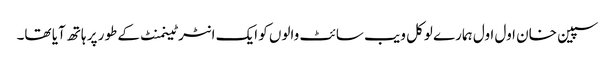
سپین خان اول اول ہمارے لوکل ویب سائٹ والوں کو ایک انٹرٹینمنٹ کے طور پر ہاتھ آیا تھا۔